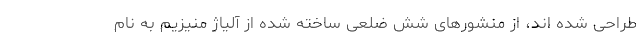
طراحی شده اند، از منشورهای شش ضلعی ساخته شده از آلیاژ منیزیم به نام